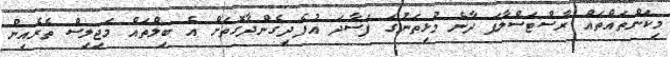
މިކަންތައްތައް ރާސްޓަސްލާފަ ދާނެ މުޅިތަނުގަ ފަސާދަ އުފެދިގެންދާގޮތަށް އެ ބިލްތައް މަޖިލިސް ތެރެއިން